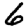
Digit: 6